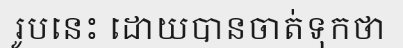
រូបនេះ ដោយបានចាត់ទុកថា